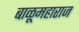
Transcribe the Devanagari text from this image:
बाळूमहाराज